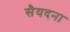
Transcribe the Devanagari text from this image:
सैयदना